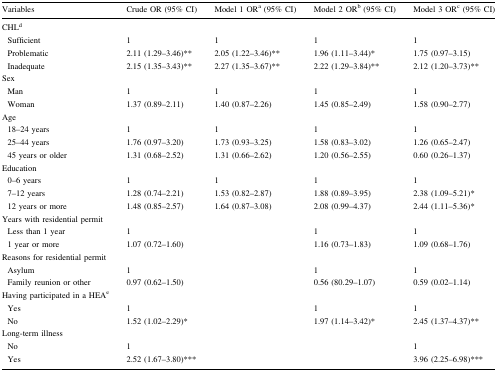
<table><thead><tr><td><b>Variables</b></td><td><b>Crude OR (95% CI)</b></td><td><b>Model 1 OR<sup>a</sup> (95% CI)</b></td><td><b>Model 2 OR<sup>b</sup> (95% CI)</b></td><td><b>Model 3 OR<sup>c</sup> (95% CI)</b></td></tr></thead><tbody><tr><td>CHL<sup>d</sup></td><td></td><td></td><td></td><td></td></tr><tr><td> Sufficient</td><td>1</td><td>1</td><td>1</td><td>1</td></tr><tr><td> Problematic</td><td>2.11 (1.29–3.46)**</td><td>2.05 (1.22–3.46)**</td><td>1.96 (1.11–3.44)*</td><td>1.75 (0.97–3.15)</td></tr><tr><td> Inadequate</td><td>2.15 (1.35–3.43)**</td><td>2.27 (1.35–3.67)**</td><td>2.22 (1.29–3.84)**</td><td>2.12 (1.20–3.73)**</td></tr><tr><td>Sex</td><td></td><td></td><td></td><td></td></tr><tr><td> Man</td><td>1</td><td>1</td><td>1</td><td>1</td></tr><tr><td> Woman</td><td>1.37 (0.89–2.11)</td><td>1.40 (0.87–2.26)</td><td>1.45 (0.85–2.49)</td><td>1.58 (0.90–2.77)</td></tr><tr><td>Age</td><td></td><td></td><td></td><td></td></tr><tr><td> 18–24 years</td><td>1</td><td>1</td><td>1</td><td>1</td></tr><tr><td> 25–44 years</td><td>1.76 (0.97–3.20)</td><td>1.73 (0.93–3.25)</td><td>1.58 (0.83–3.02)</td><td>1.26 (0.65–2.47)</td></tr><tr><td> 45 years or older</td><td>1.31 (0.68–2.52)</td><td>1.31 (0.66–2.62)</td><td>1.20 (0.56–2.55)</td><td>0.60 (0.26–1.37)</td></tr><tr><td>Education</td><td></td><td></td><td></td><td></td></tr><tr><td> 0–6 years</td><td>1</td><td>1</td><td>1</td><td>1</td></tr><tr><td> 7–12 years</td><td>1.28 (0.74–2.21)</td><td>1.53 (0.82–2.87)</td><td>1.88 (0.89–3.95)</td><td>2.38 (1.09–5.21)*</td></tr><tr><td> 12 years or more</td><td>1.48 (0.85–2.57)</td><td>1.64 (0.87–3.08)</td><td>2.08 (0.99–4.37)</td><td>2.44 (1.11–5.36)*</td></tr><tr><td>Years with residential permit</td><td></td><td></td><td></td><td></td></tr><tr><td> Less than 1 year</td><td>1</td><td></td><td>1</td><td>1</td></tr><tr><td> 1 year or more</td><td>1.07 (0.72–1.60)</td><td></td><td>1.16 (0.73–1.83)</td><td>1.09 (0.68–1.76)</td></tr><tr><td>Reasons for residential permit</td><td></td><td></td><td></td><td></td></tr><tr><td> Asylum</td><td>1</td><td></td><td>1</td><td>1</td></tr><tr><td> Family reunion or other</td><td>0.97 (0.62–1.50)</td><td></td><td>0.56 (80.29–1.07)</td><td>0.59 (0.02–1.14)</td></tr><tr><td>Having participated in a HEA<sup>e</sup></td><td></td><td></td><td></td><td></td></tr><tr><td> Yes</td><td>1</td><td></td><td>1</td><td>1</td></tr><tr><td> No</td><td>1.52 (1.02–2.29)*</td><td></td><td>1.97 (1.14–3.42)*</td><td>2.45 (1.37–4.37)**</td></tr><tr><td>Long-term illness</td><td></td><td></td><td></td><td></td></tr><tr><td> No</td><td>1</td><td></td><td></td><td>1</td></tr><tr><td> Yes</td><td>2.52 (1.67–3.80)***</td><td></td><td></td><td>3.96 (2.25–6.98)***</td></tr></tbody></table>